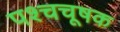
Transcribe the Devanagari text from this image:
पश्चचूषक